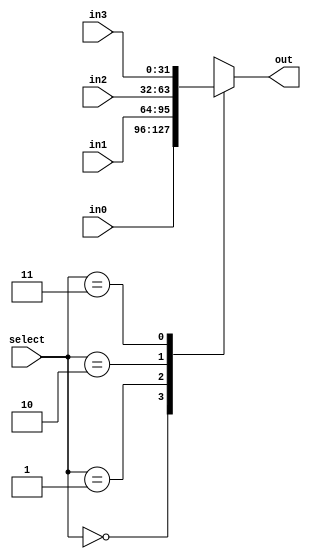
`timescale 1ns / 1ps
//////////////////////////////////////////////////////////////////////////////////
// Company: 
// Engineer: 
// 
// Design Name: 
// Module Name: Mux_4
// Project Name: 
// Target Devices: 
// Tool Versions: 
// Description: 
// 
// Dependencies: 
// 
// Revision:
// Revision 0.01 - File Created
// Additional Comments:
// 
//////////////////////////////////////////////////////////////////////////////////


module Mux_4(
    input [31:0]in0,in1,in2,in3,
    input [1:0]select,
    output reg [31:0]out
    );
    
    always @ (*)
    begin
        case (select)
            2'b00:out=in0;
            2'b01:out=in1;
            2'b10:out=in2;
            2'b11:out=in3;
        endcase
    end
    
endmodule